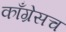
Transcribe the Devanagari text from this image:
काँग्रेसच